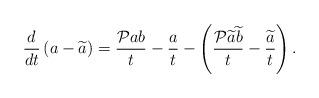
LaTeX: \begin{align*} \frac{d}{dt}\left(a-\widetilde{a}\right)=\frac{\mathcal{P}ab}{t}-\frac{a}{t}-\left(\frac{\mathcal{P}\widetilde{a}\widetilde{b}}{t}-\frac{\widetilde{a}}{t}\right).\end{align*}